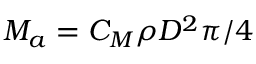
M _ { a } = C _ { M } \rho D ^ { 2 } \pi / 4